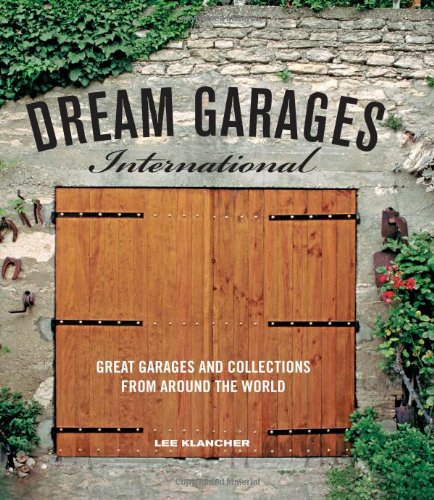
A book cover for Dream Garages; Kris Palmer; Arts & Photography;